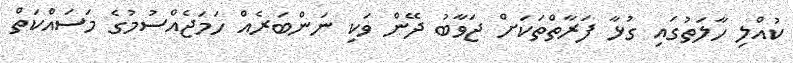
ކުއްލި ހާލަތުގައި ގުޅާ ފަރާތްތަކަށް ޖަވާބު ދޭން ވަކި ނަންބަރެއް ހަމަޖެއްސުމުގެ މަސައްކަތް